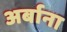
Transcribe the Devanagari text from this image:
अर्बाना